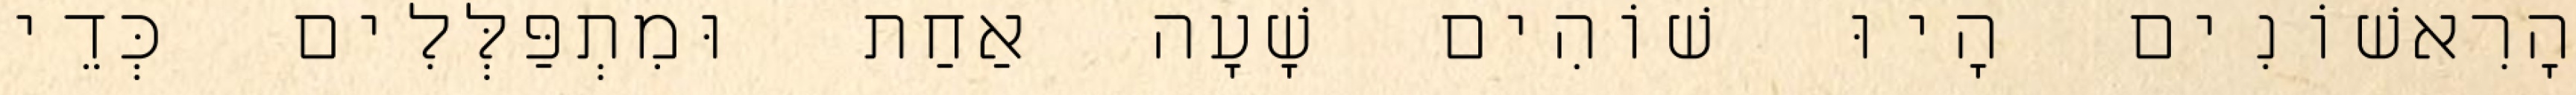
הָרִאשׁוֹנִים הָיוּ שׁוֹהִים שָׁעָה אַחַת וּמִתְפַּלְּלִים כְּדֵי